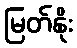
မြတ်နိုး